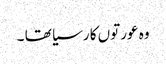
وہ عورتوں کا رسیا تھا ۔